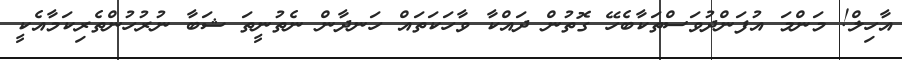
އާހިލް! މަންމަ އުފަންދުވަސްތަކާބެހޭ ގޮތުން ދައްކާ ވާހަކަތައް ހަނދާން ނެތުނީތަ ޝަބާ ނުރުހުންތެރިކަމާއެކީ